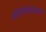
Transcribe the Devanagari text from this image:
अजिनोमोटोमध्ये